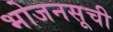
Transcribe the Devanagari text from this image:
भोजनसूची